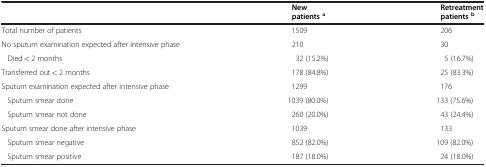
|  | New patientsa | Retreatment patientsb |
 | --- | --- | --- |
 | Total number of patients | 1509 | 206 |
 | No sputum examination expected after intensive phase | 210 | 30 |
 | Died < 2 months | 32 (15.2%) | 5 (16.7%) |
 | Transferred out < 2 months | 178 (84.8%) | 25 (83.3%) |
 | Sputum examination expected after intensive phase | 1299 | 176 |
 | Sputum smear done | 1039 (80.0%) | 133 (75.6%) |
 | Sputum smear not done | 260 (20.0%) | 43 (24.4%) |
 | Sputum smear done after intensive phase | 1039 | 133 |
 | Sputum smear negative | 852 (82.0%) | 109 (82.0%) |
 | Sputum smear positive | 187 (18.0%) | 24 (18.0%) |